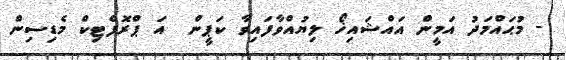
- މުޙައްމަދު އަމީން އައްޝައިޚޯ ލިޔުއްވާފައިވާ ކަޕީން  އަ ޕްރޮފެޓިކް މެޑިސިން